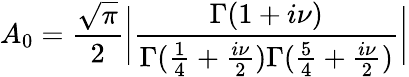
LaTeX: A_{0}={\frac{\sqrt\pi}{2}}\bigg|\frac{\Gamma(1+i\nu)}{\Gamma({\frac{1}{4}}+{\frac{i\nu}{2}})\Gamma({\frac{5}{4}}+{\frac{i\nu}{2}})}\bigg|